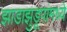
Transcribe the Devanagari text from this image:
झाडाझुडूपांमध्ये